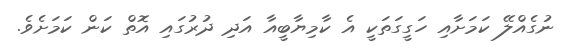
ނުގެއްލޭ ކަމަށާއި ހަގީގަތަކީ އެ ކާމިޔާބީއާ އަދި ދުރުގައި އޮތް ކަން ކަމަށެވެ.